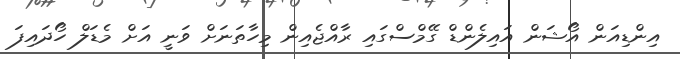
އިންޑިއަން އޯޝަން އައިލެންޑް ގޭމްސްގައި ރާއްޖެއިން މިހާތަނަށް ވަނީ އަށް މެޑަލް ހޯދައިފަ